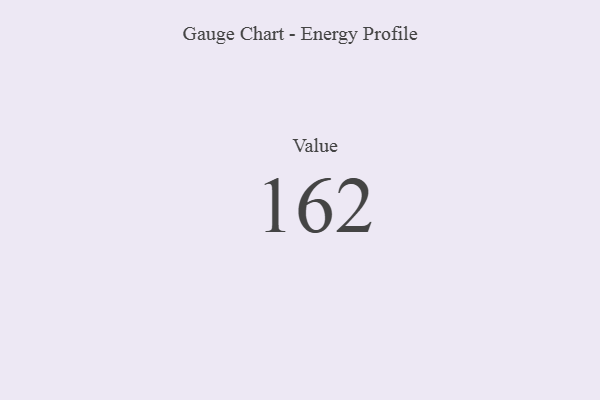
{"axis": {"x": "Metric", "y": "Value"}, "legend": [""], "data": [{"x": "Value", "y": 162, "type": ""}]}